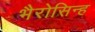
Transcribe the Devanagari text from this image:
भैरोसिन्ह